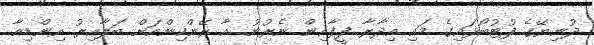
ދުނިޔޭގެ ފުޓުބޯޅައިގެ މައި އިދާރާ ފީފާއިން ނެރުނު އާ ރޭންކިންއަށް ބަލާއިރު އިންޑިއާ